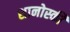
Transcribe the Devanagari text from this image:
शानोस्की